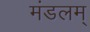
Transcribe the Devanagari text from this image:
मंडलम्‌